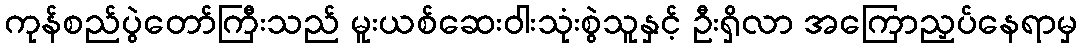
ကုန်စည်ပွဲတော်ကြီးသည် မူးယစ်ဆေးဝါးသုံးစွဲသူနှင့် ဦးရှိလာ အကြောညှပ်နေရာမှ